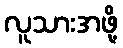
လူသားအဖို့